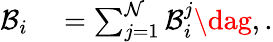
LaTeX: \begin{array}{rl}{\mathcal{B}_{i}}&{{}=\sum_{j=1}^{\mathcal{N}}{\mathcal{B}}_{i}^{j}\dag,.}\end{array}